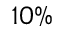
1 0 \%